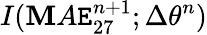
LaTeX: I(\mathbf{M}A\mathtt{E}_{27}^{n+1};\Delta\theta^{n})